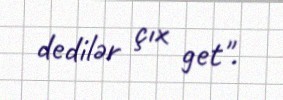
dedilər çıx get".